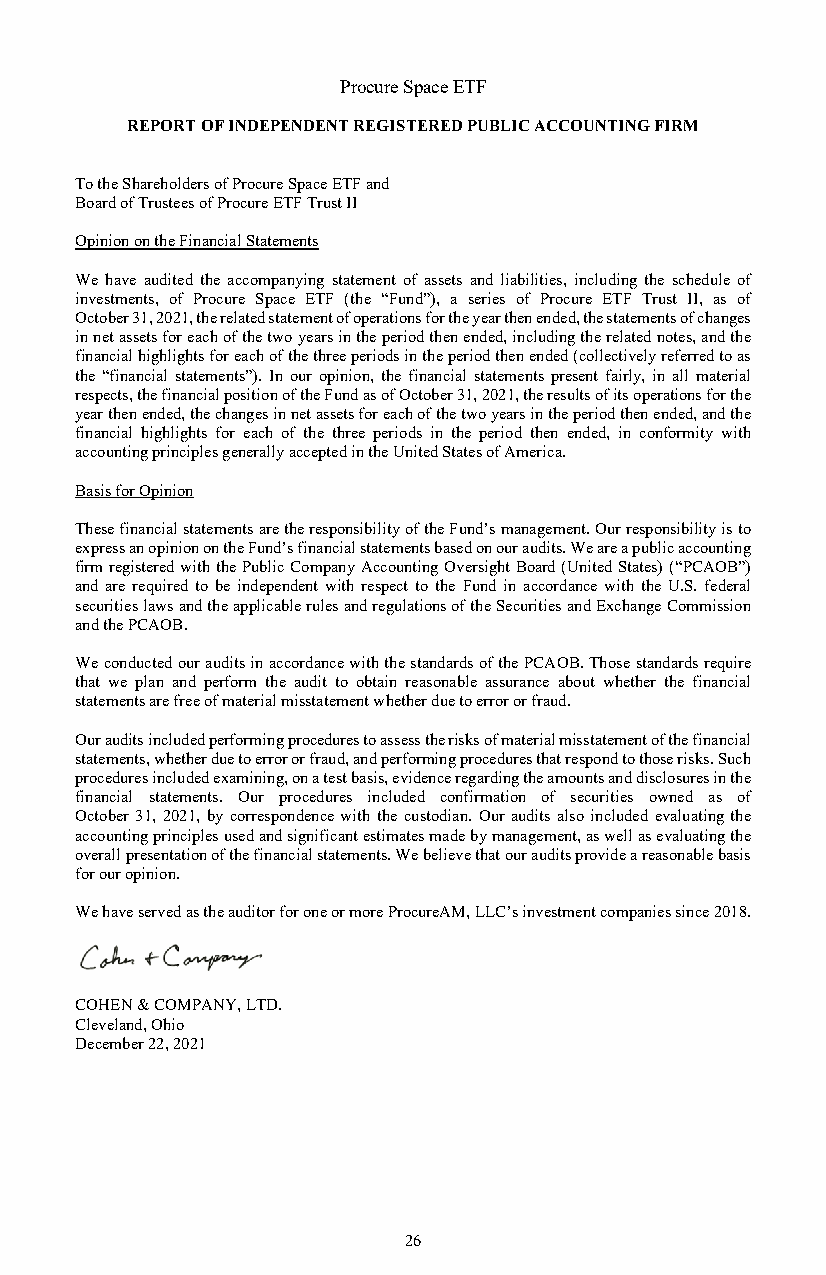
Procure Space ETF
 REPORT OF INDEPENDENT REGISTERED PUBLIC ACCOUNTING FIRM
 To the Shareholders of Procure Space ETF and
 Board of Trustees of Procure ETF Trust II
 Opinion on the Financial Statements
 We have audited the accompanying statement of assets and liabilities, including the schedule of
 investments, of Procure Space ETF (the “Fund”), a series of Procure ETF Trust II, as of
 October 31, 2021, the related statement of operations for the year then ended, the statements of changes
 in net assets for each of the two years in the period then ended, including the related notes, and the
 financial highlights for each of the three periods in the period then ended (collectively referred to as
 the “financial statements”). In our opinion, the financial statements present fairly, in all material
 respects, the financial position of the Fund as of October 31, 2021, the results of its operations for the
 year then ended, the changes in net assets for each of the two years in the period then ended, and the
 financial highlights for each of the three periods in the period then ended, in conformity with
 accounting principles generally accepted in the United States of America.
 Basis for Opinion
 These financial statements are the responsibility of the Fund’s management. Our responsibility is to
 express an opinion on the Fund’s financial statements based on our audits. We are a public accounting
 firm registered with the Public Company Accounting Oversight Board (United States) (“PCAOB”)
 and are required to be independent with respect to the Fund in accordance with the U.S. federal
 securities laws and the applicable rules and regulations of the Securities and Exchange Commission
 and the PCAOB.
 We conducted our audits in accordance with the standards of the PCAOB. Those standards require
 that we plan and perform the audit to obtain reasonable assurance about whether the financial
 statements are free of material misstatement whether due to error or fraud.
 Our audits included performing procedures to assess the risks of material misstatement of the financial
 statements, whether due to error or fraud, and performing procedures that respond to those risks. Such
 procedures included examining, on a test basis, evidence regarding the amounts and disclosures in the
 financial statements. Our procedures included confirmation of securities owned as of
 October 31, 2021, by correspondence with the custodian. Our audits also included evaluating the
 accounting principles used and significant estimates made by management, as well as evaluating the
 overall presentation of the financial statements. We believe that our audits provide a reasonable basis
 for our opinion.
 We have served as the auditor for one or more ProcureAM, LLC’s investment companies since 2018.
 COHEN & COMPANY, LTD.
 Cleveland, Ohio
 December 22, 2021
 26